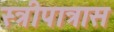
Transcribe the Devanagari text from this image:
स्त्रीपात्रास